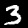
Label: 3